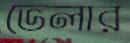
ভেলার